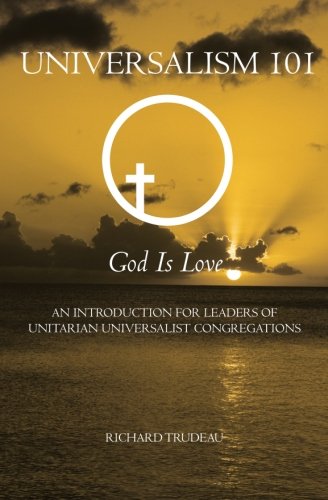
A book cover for Universalism 101: An Introduction for Leaders of Unitarian Universalist Congregations; Richard Trudeau; Religion & Spirituality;